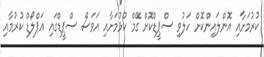
ކުރުމަށާއި އޮންލައިންކޮށް ހަލުވި ސްޕީޑްކޮށް ގޭމް ކުޅުމަށާއި އަވަސް ސްޕީޑްގައި އަޕްލޯޑް ކުރުމާއި